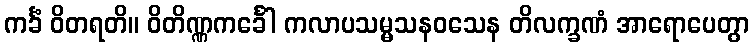
ကင်္ခံ ဝိတရတိ။ ဝိတိဏ္ဏကင်္ခေါ ကလာပသမ္မသနဝသေန တိလက္ခဏံ အာရောပေတွာ